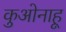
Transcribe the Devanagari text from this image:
कुओनाहू